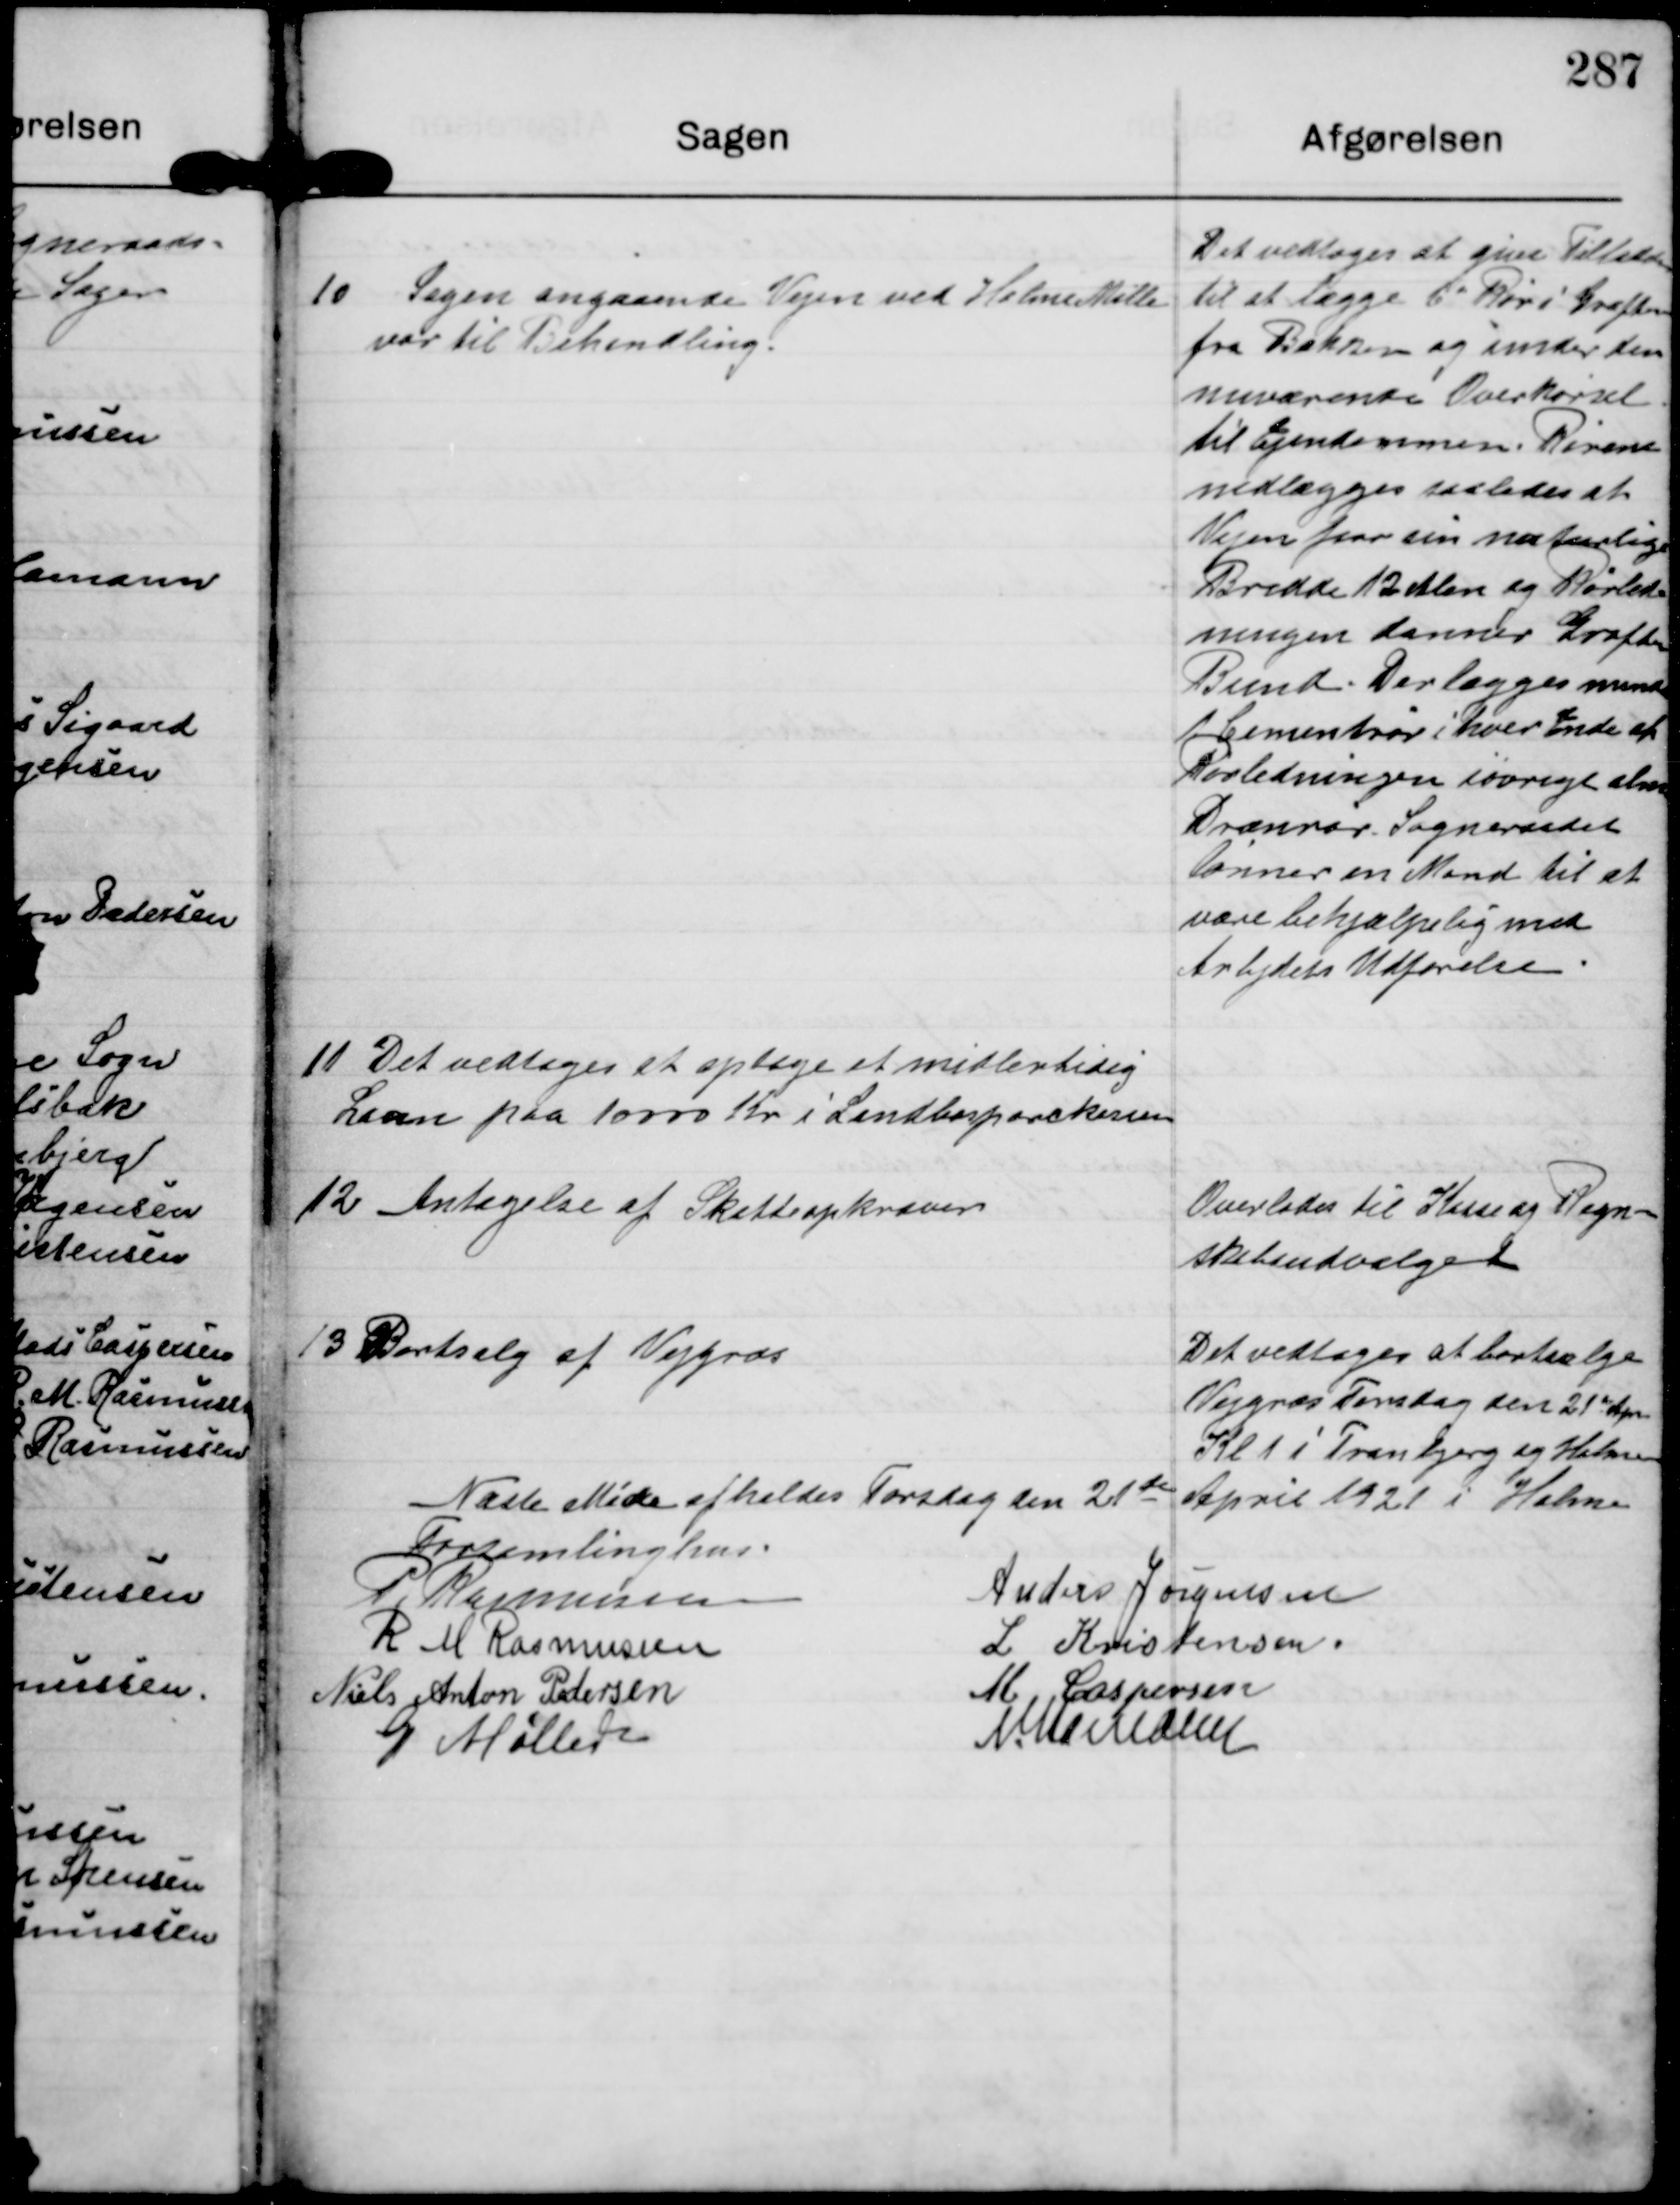
Transskription:
10

Sagen angaaende Vejen ved Holme Mølle
var til Behandling.

Det vedtoges at give tilladelse
til at lægge 6 Rør i Grøften
fra Bækken og under den
nuværende Overkørsel
til Ejendommen. Rørene
nedlægges saaledes at
Vejen faar sin naturlige
Bredde 12 Alen og Rørled-
ningen danner Grøftens
Bund. Der lægges mindre
1 Cementrør i hver Ende af
Rørledningen iøvrigt alm.
Drænrør. Sogneraadet
Lønner en Mand til at
være behjælpelig med
Arbejdets Udførelse

11

Det vedtoges at optage et midlertidig
Laan paa 10000 Kr i Landbosparekassen

12

Antagelse af Skatteopkræver

Overlades til Kasse og Regn-
skabsudvalget

13

Bortsalg af Vejgræs

Det vedtoges at bosællge
Vejgræs Torsdag den 21de Apr.
Kl 1 i Tranbjerg og Holme

Næste Møde afholdes Torsdag den 21de April 1921 i Holme
Forsamlingshus

P Rasmussen
Anders Jørgensen
R M Rasmussen
L Kristensen
Niels Anton Pedersen
M Caspersen
G. Møller
N. Hamann